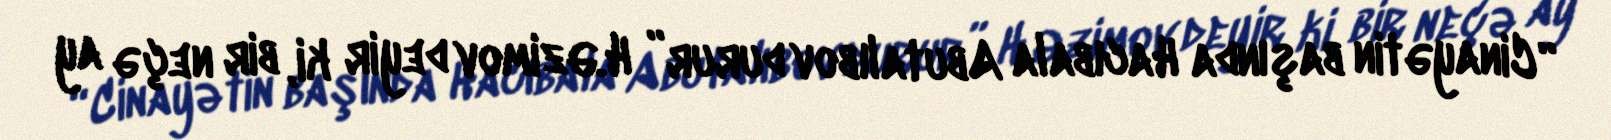
“Cinayətin başında Hacıbala Abutalıbov durur” H.Əzimov deyir ki, bir neçə ay